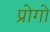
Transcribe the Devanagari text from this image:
प्रोगो